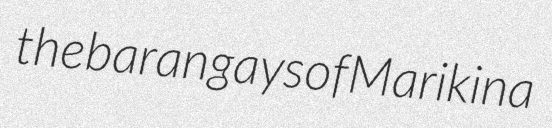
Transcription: the barangays of Marikina